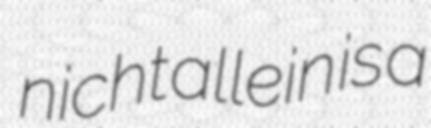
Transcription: nicht allein is a